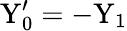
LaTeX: \mathrm{Y}_{0}^{\prime}=-\mathrm{Y}_{1}